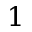
1